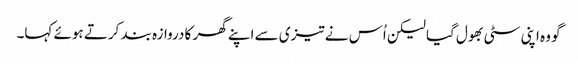
گو وہ اپنی سٹی بھول گیا لیکن اُس نے تیزی سے اپنے گھر کا دروازہ بند کرتے ہوئے کہا۔